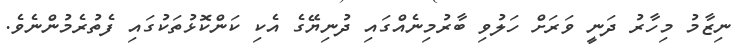
ނިޒާމު މިހާރު ދަނީ ވަރަށް ހަލުވި ބާރުމިނެއްގައި ދުނިޔޭގެ އެކި ކަންކޮޅުތަކުގައި ފެތުރެމުންނެވެ.